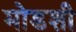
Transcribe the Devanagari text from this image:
मोडशी